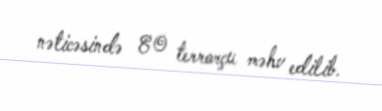
nəticəsində 80 terrorçu məhv edilib.